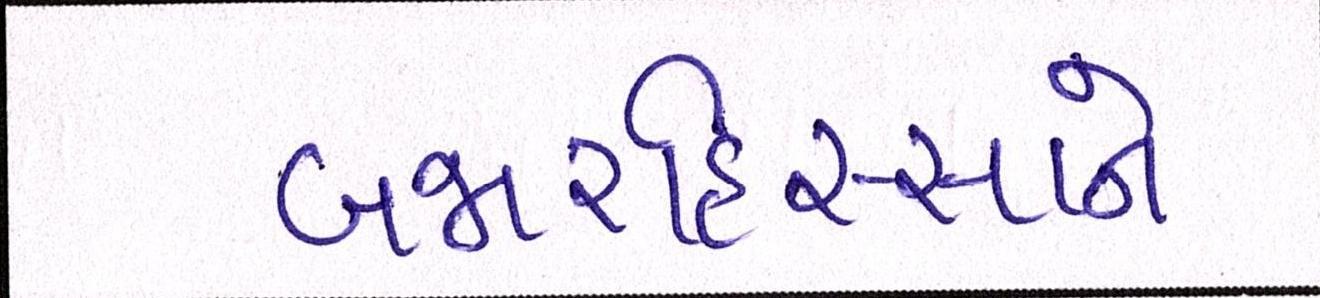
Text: બજારહિસ્સાને